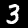
Label: 3